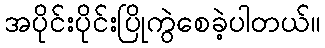
အပိုင်းပိုင်းပြိုကွဲစေခဲ့ပါတယ်။